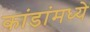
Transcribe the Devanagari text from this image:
कांडांमध्ये